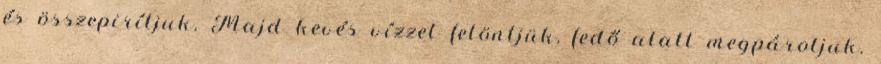
és összepirítjuk. Majd kevés vízzel felöntjük, fedő alatt megpároljuk.